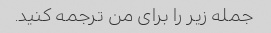
جمله زیر را برای من ترجمه کنید.